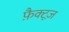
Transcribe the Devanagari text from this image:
फ़ैक्ट्ज़